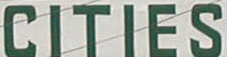
CITIES